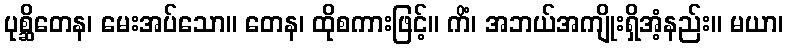
ပုစ္ဆိတေန၊ မေးအပ်သော။ တေန၊ ထိုစကားဖြင့်။ ကိံ၊ အဘယ်အကျိုးရှိအံ့နည်း။ မယာ၊